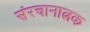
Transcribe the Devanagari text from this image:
संरचानात्नक